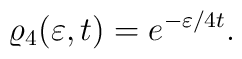
\varrho_4(\varepsilon,t)=e^{-\varepsilon/4t} \nonumber.